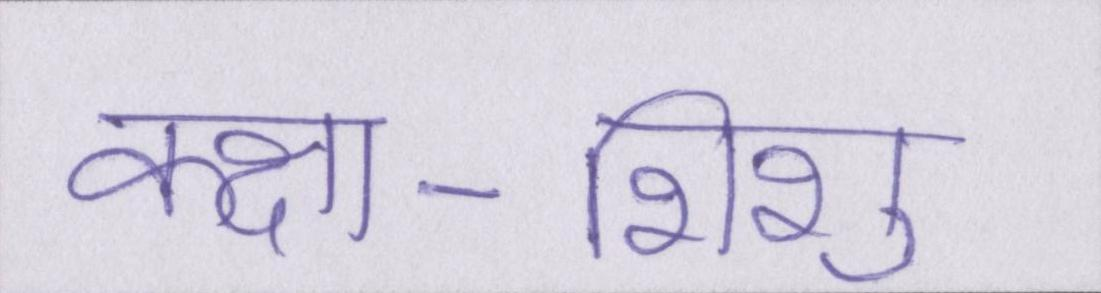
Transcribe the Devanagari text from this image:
कक्षा-शिशु